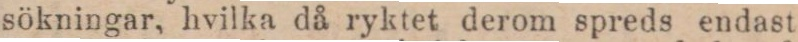
sökningar, hvilka då ryktet derom spreds endast